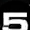
Digit: 5